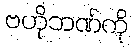
ဗဟိုဘဏ်ကို